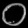
Digit: ၀